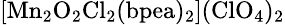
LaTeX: \mathrm{\small{[Mn_{2}O_{2}Cl_{2}(bpea)_{2}](ClO_{4})_{2}}}